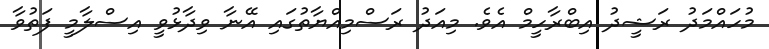
މުހައްމަދު ރަޝީދު އިބްރާހީމް އެވެ. މިއަދު ރަސްމިއްޔާތުގައި އޭނާ ވިދާޅުވީ އިސްލާމީ ފަތުވާ